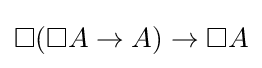
\Box (\Box A\to A)\to \Box A